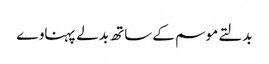
بدلتے موسم کے ساتھ بدلے پہناوے